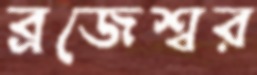
ব্রজেশ্বর